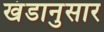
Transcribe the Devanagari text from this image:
खंडानुसार